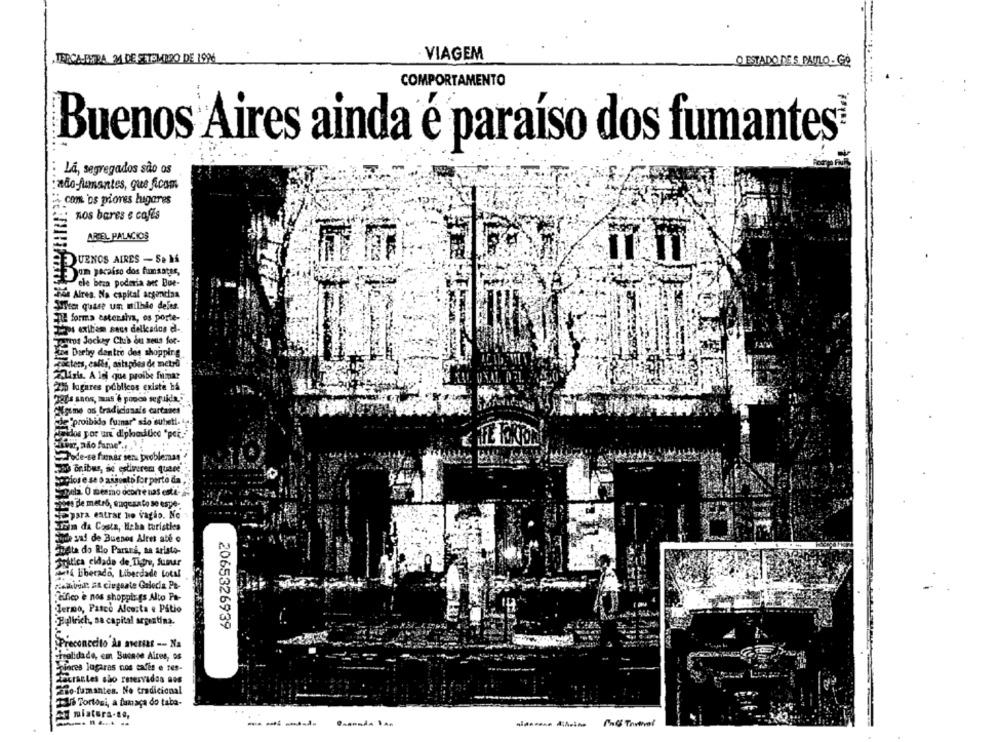
TERCA-EMPA 24 DE SETEMBRO DE 1996
VIAGEM
O ESTADO DE S PAULO- GO
COMPORTAMENTO
Buenos Aires ainda é paraíso dos fumantes?
: Lá, segregados são os
:não fumantes, que ficam
com os piores lugares
nos bares e cafes
AREEL PALACIOS
BUENOS AIRES - Se Ná
un paraiso dos fumsates,
ele bran poderia acc Bue-
25 Alres. Na capital acgencias
Sfeer quase un milhde deles.
TIL forma estensiva, os porte-
Tips exibem seus delicados e-
Toros Jockey Club du seus for-
Lion Derby dentro des shopping
posters, calle, astupões de metra
AUiris. A lei que proibe fuma?
215 lugares públicos existe bå
para anos, mas 6 pouco seguida."
Ogame os tradicionais cartazes
ple'proibido fumar" são subett- 12.
Unidos por un diplastico "pek."
shir, não fume','
Pode-se firmar sem problemas
pas Bribus, se estiverem quere
Copios e se o assunto for perto da
Jola. O mesmo ocorre nas esta-
come ple metró, suqusato se espe-
Jepara entrar ho vagio. Ne
Tom da Costa, Haha turistles
aide zad de Buenos Aires até o
Justa do Rlo Parans, sa aristo-
Sritica cidade de Tigre, fumar
bik Liberado, Liberdade Local
Kamil Et ciugsate Galeria PE-
cifico e nos shoppings Alto Pa-
Termo, Pasco Alcosta e Pátio
Bullrich, sa capital argentina.
2065326939
Preconceito às metsat -- Na
Finalidade, em Buenos Aires, os
Siares lugares nos cafés e tes-
Locrantes são reservados aos
Ro-fumantes. No tradicional
Tal Tortosi, a fumaça do taba-
- mistura-se,
-----